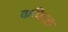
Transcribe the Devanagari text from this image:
कपिटल